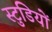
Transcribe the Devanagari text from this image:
स्टुडियों